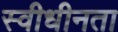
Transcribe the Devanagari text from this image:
स्वीधीनता